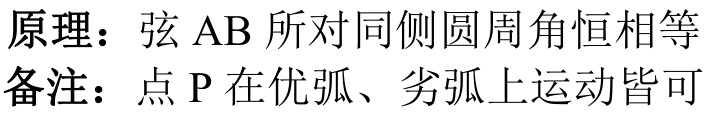
原理：弦\(AB\)所对同侧圆周角恒相等
备注：点\(P\)在优弧、劣弧上运动皆可